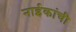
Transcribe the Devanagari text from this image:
नाईकांची